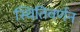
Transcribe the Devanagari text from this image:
स्थितिवर्णन